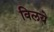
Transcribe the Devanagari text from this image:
विलये